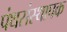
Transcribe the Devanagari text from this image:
पंथसंस्थापक